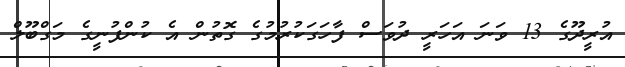
އުރީދޫގެ 13 ވަނަ އަހަރީ ދުވަސް ފާހަގަކުރުމުގެ ގޮތުން އެ ކުންފުނީގެ މަގްބޫލް